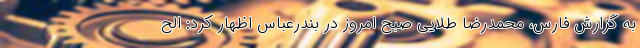
به گزارش فارس، محمدرضا طلایی صبح امروز در بندرعباس اظهار کرد: الح